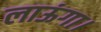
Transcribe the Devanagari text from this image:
लाऊंगा।